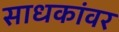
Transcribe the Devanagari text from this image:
साधकांवर